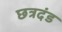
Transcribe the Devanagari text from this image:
छत्रदंड